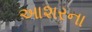
આશરના